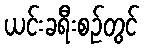
ယင်းခရီးစဉ်တွင်